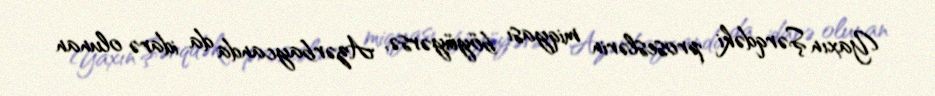
Yaxın Şərqdəki proseslərin miqyası böyüyərsə, Azərbaycanda da idarə olunan